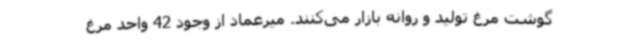
گوشت مرغ تولید و روانه بازار می‌کنند. میرعماد از وجود 42 واحد مرغ